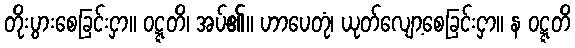
တိုးပွားစေခြင်းငှာ။ ဝဋ္ဋတိ၊ အပ်၏။ ဟာပေတုံ၊ ယုတ်လျော့စေခြင်းငှာ။ န ဝဋ္ဋတိ